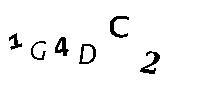
1G4DC2